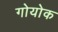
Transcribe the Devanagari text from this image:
गोयोक